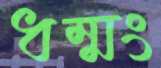
ধম্মং